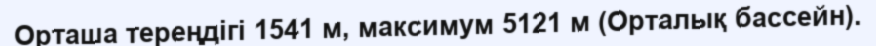
Орташа тереңдігі 1541 м, максимум 5121 м (Орталық бассейн).